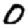
Digit: 0